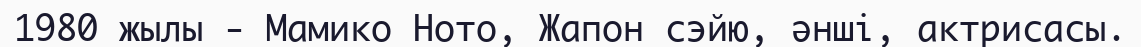
1980 жылы - Мамико Ното, Жапон сэйю, әнші, актрисасы.